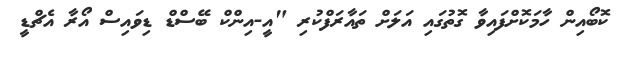
ކޮބޯއިން ހާމަކޮށްފައިވާ ގޮތުގައި އަލަށް ތައާރަފްކުރި "އީ-އިންކް ބޭސްޑް ޑިވައިސް އޯރާ އެޗްޑީ